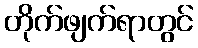
တိုက်ဖျက်ရာတွင်